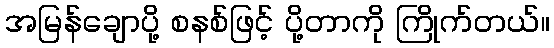
အမြန်ချောပို့ စနစ်ဖြင့် ပို့တာကို ကြိုက်တယ်။